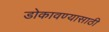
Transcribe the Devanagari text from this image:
डोकावण्यासाठी